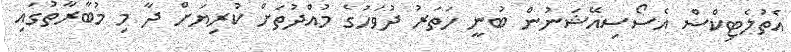
އެތުލެޓިކްސް އެސޯސިއޭޝަނުން ބުނީ ހަތަރު ދުވަހުގެ މުއްދުތަށް ކުރިޔަށް ދާ މި މުބާރާތުގައި